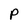
Character: P